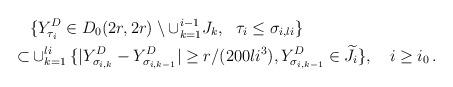
LaTeX: \begin{align*}& \{Y^{D}_{\tau_{i}}\in D_0 ( 2 r , 2r) \setminus\cup_{k=1}^{i-1}J_k,\ \ \tau_{i}\leq \sigma_{i, li}\}\\ \subset & \cup_{k=1}^{li}\{|Y^D_{\sigma_{i, k}}- Y^D_{\sigma_{i, k-1}}|\geq r/(200li^3),Y^D_{\sigma_{i, k-1}}\in \widetilde{J}_{i}\},\ \ \ i\geq i_0\, .\end{align*}